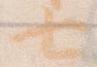
七